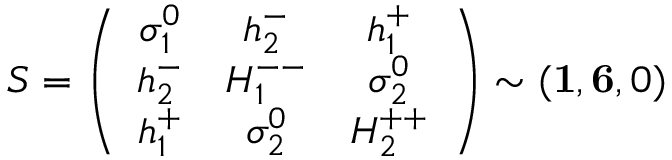
S = \left( \begin{array} { c c c } { { \sigma _ { 1 } ^ { 0 } } } & { { h _ { 2 } ^ { - } } } & { { h _ { 1 } ^ { + } } } \\ { { h _ { 2 } ^ { - } } } & { { H _ { 1 } ^ { -- } } } & { { \sigma _ { 2 } ^ { 0 } } } \\ { { h _ { 1 } ^ { + } } } & { { \sigma _ { 2 } ^ { 0 } } } & { { H _ { 2 } ^ { + + } } } \end{array} \right) \sim ( { \bf 1 } , { \bf 6 } , 0 )